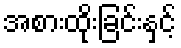
အစားထိုးခြင်းနှင့်